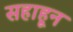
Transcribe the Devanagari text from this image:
सहाहून